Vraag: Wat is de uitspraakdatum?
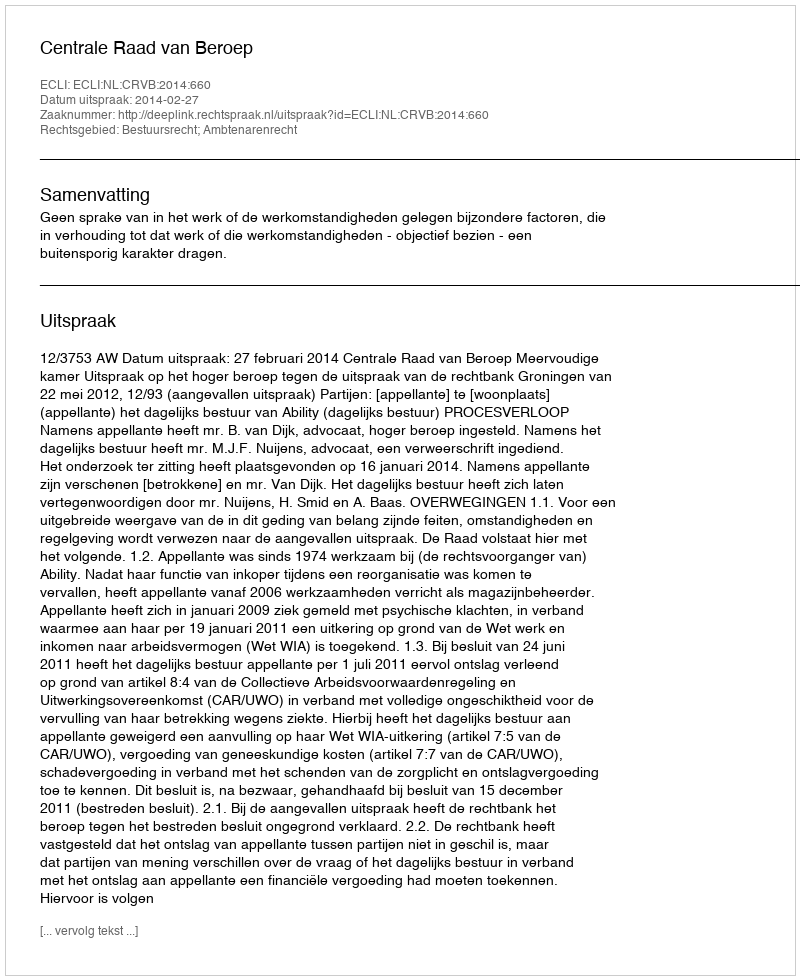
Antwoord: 2014-02-27